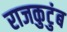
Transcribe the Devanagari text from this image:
राजकुटुंब